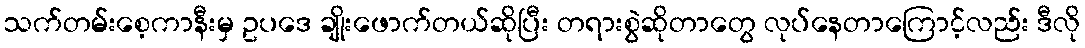
သက်တမ်းစေ့ကာနီးမှ ဥပဒေ ချိုးဖောက်တယ်ဆိုပြီး တရားစွဲဆိုတာတွေ လုပ်နေတာကြောင့်လည်း ဒီလို